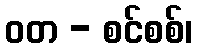
ဝတ - စင်စစ်၊